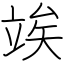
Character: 竢